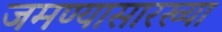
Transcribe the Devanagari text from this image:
जमण्यासारख्या